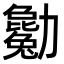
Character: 𠣄